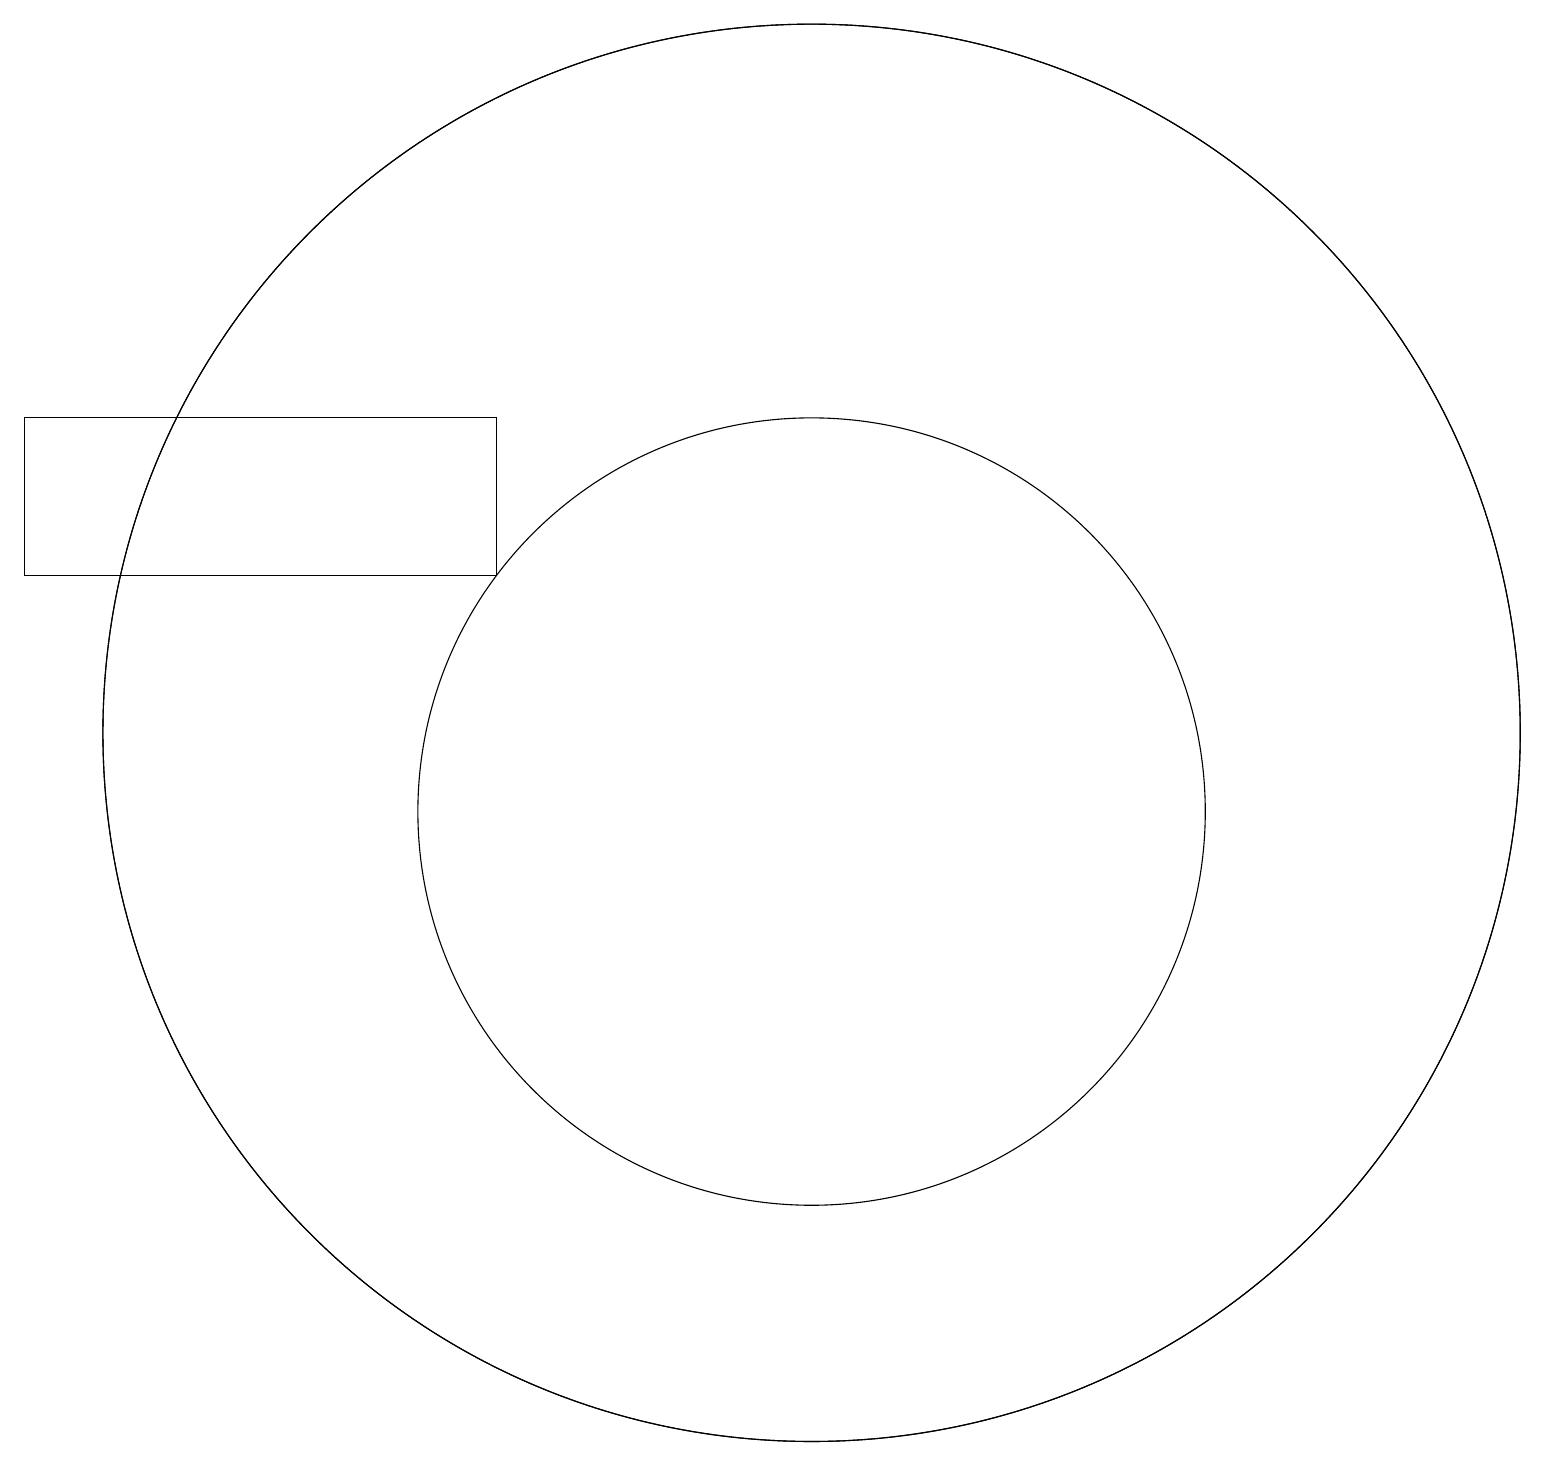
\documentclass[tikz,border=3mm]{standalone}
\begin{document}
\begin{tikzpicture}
\draw (10,10) circle (5);
\draw (10,11) circle (9);
\draw (10,11) circle (9);
\draw (0,15) rectangle (6,13);
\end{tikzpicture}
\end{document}